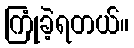
ကြုံခဲ့ရတယ်။